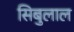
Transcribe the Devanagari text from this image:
सिबुलाल